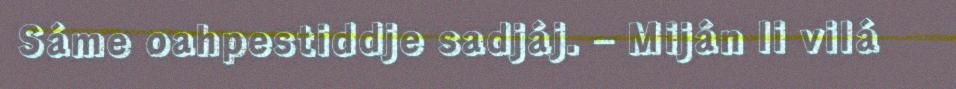
Sáme oahpestiddje sadjáj. – Miján li vilá